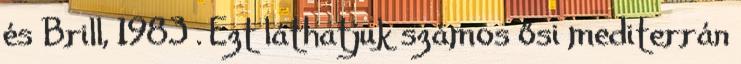
és Brill, 1983 . Ezt láthatjuk számos ősi mediterrán